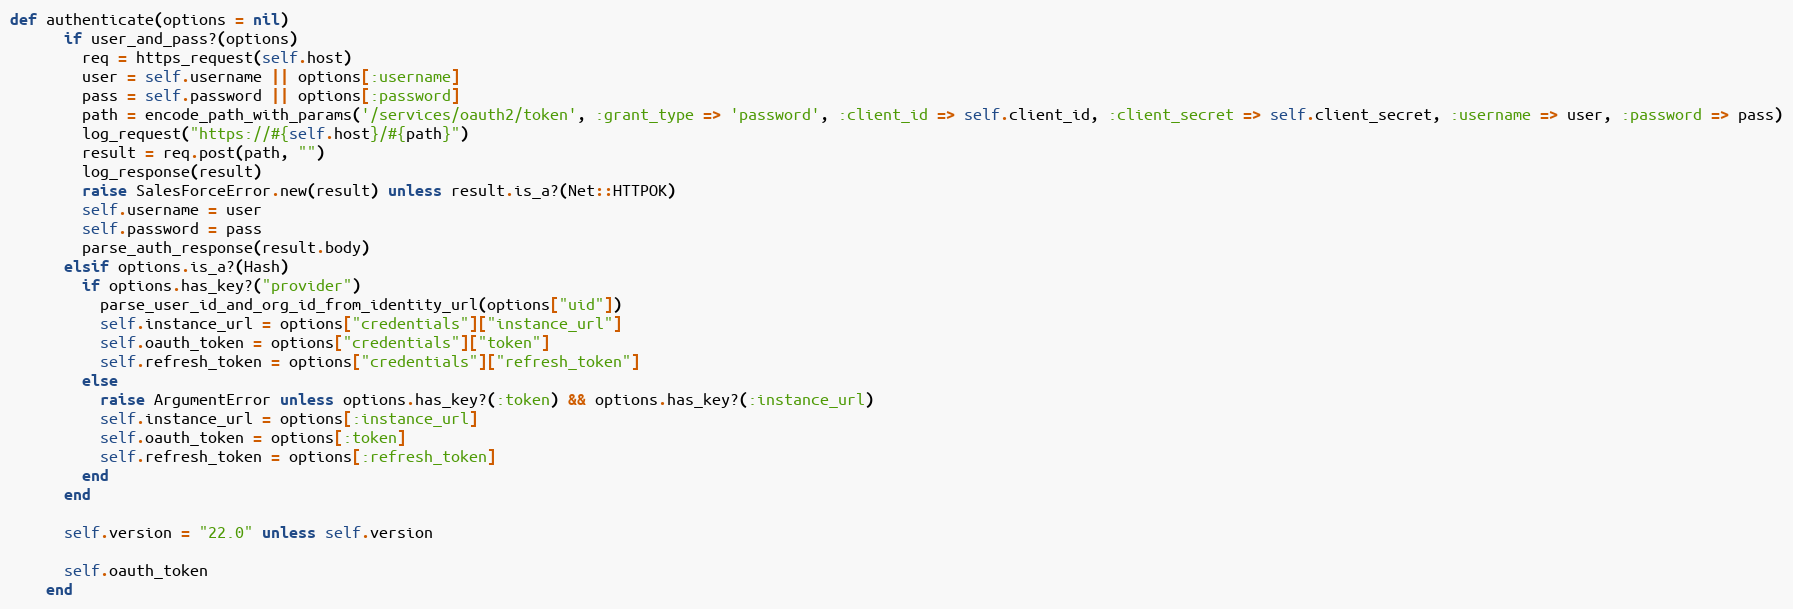
Language: Ruby
def authenticate(options = nil)
      if user_and_pass?(options)
        req = https_request(self.host)
        user = self.username || options[:username]
        pass = self.password || options[:password]
        path = encode_path_with_params('/services/oauth2/token', :grant_type => 'password', :client_id => self.client_id, :client_secret => self.client_secret, :username => user, :password => pass)
        log_request("https://#{self.host}/#{path}")
        result = req.post(path, "")
        log_response(result)
        raise SalesForceError.new(result) unless result.is_a?(Net::HTTPOK)
        self.username = user
        self.password = pass
        parse_auth_response(result.body)
      elsif options.is_a?(Hash)
        if options.has_key?("provider")
          parse_user_id_and_org_id_from_identity_url(options["uid"])
          self.instance_url = options["credentials"]["instance_url"]
          self.oauth_token = options["credentials"]["token"]
          self.refresh_token = options["credentials"]["refresh_token"]
        else
          raise ArgumentError unless options.has_key?(:token) && options.has_key?(:instance_url)
          self.instance_url = options[:instance_url]
          self.oauth_token = options[:token]
          self.refresh_token = options[:refresh_token]
        end
      end

      self.version = "22.0" unless self.version

      self.oauth_token
    end